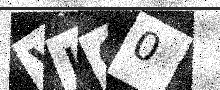
Text: VLO0